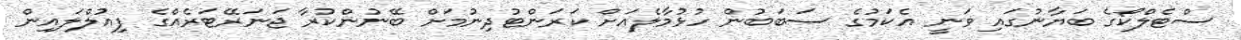
ސްޓެލްކޯގެ ބަޔާނުގައި ވަނީ އެކަމުގެ ސަބަބުން ހުޅުމާލެއަށް ކަރަންޓުދިނުމަށް ބޭނުންކުރާ ޖަނަރޭޓަރެއްގެ ފިއުލްލައިން